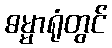
ဓမ္မာရုံတွင်